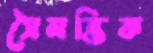
সৈমন্তিক